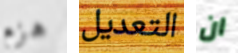
هزم التعديل ان